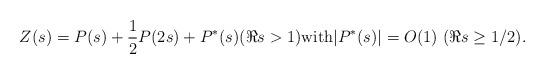
LaTeX: \begin{align*}Z(s)=P(s)+\frac12 P(2s) + P^*(s)(\Re s >1) \textrm{with}|P^*(s)|=O(1)~ (\Re s \ge 1/2).\end{align*}